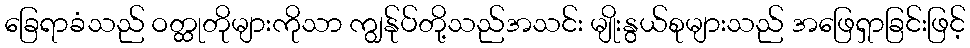
ခြေရာခံသည် ဝတ္ထုတိုများကိုသာ ကျွန်ုပ်တို့သည်အသင်း မျိုးနွယ်စုများသည် အဖြေရှာခြင်းဖြင့်